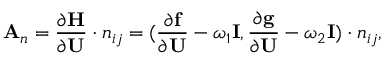
\mathbf { A } _ { n } = \frac { \partial \mathbf { H } } { \partial \mathbf { U } } \cdot \boldsymbol { n } _ { i j } = ( \frac { \partial \mathbf { f } } { \partial \mathbf { U } } - \omega _ { 1 } \mathbf { I } , \frac { \partial \mathbf { g } } { \partial \mathbf { U } } - \omega _ { 2 } \mathbf { I } ) \cdot \boldsymbol { n } _ { i j } ,